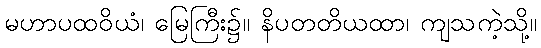
မဟာပထဝိယံ၊ မြေကြီး၌။ နိပတတိယထာ၊ ကျသကဲ့သို့။